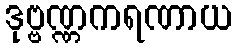
ဒုဗ္ဗဏ္ဏကရဏာယ